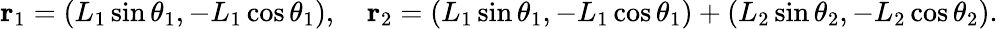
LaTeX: \mathbf{r}_{1}=(L_{1}\sin\theta_{1},-L_{1}\cos\theta_{1}),\quad\mathbf{r}_{2}=(L_{1}\sin\theta_{1},-L_{1}\cos\theta_{1})+(L_{2}\sin\theta_{2},-L_{2}\cos\theta_{2}).